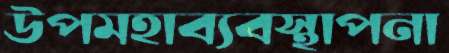
উপমহাব্যবস্থাপনা